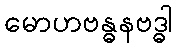
မောဟဗန္ဓနဗဒ္ဓါ